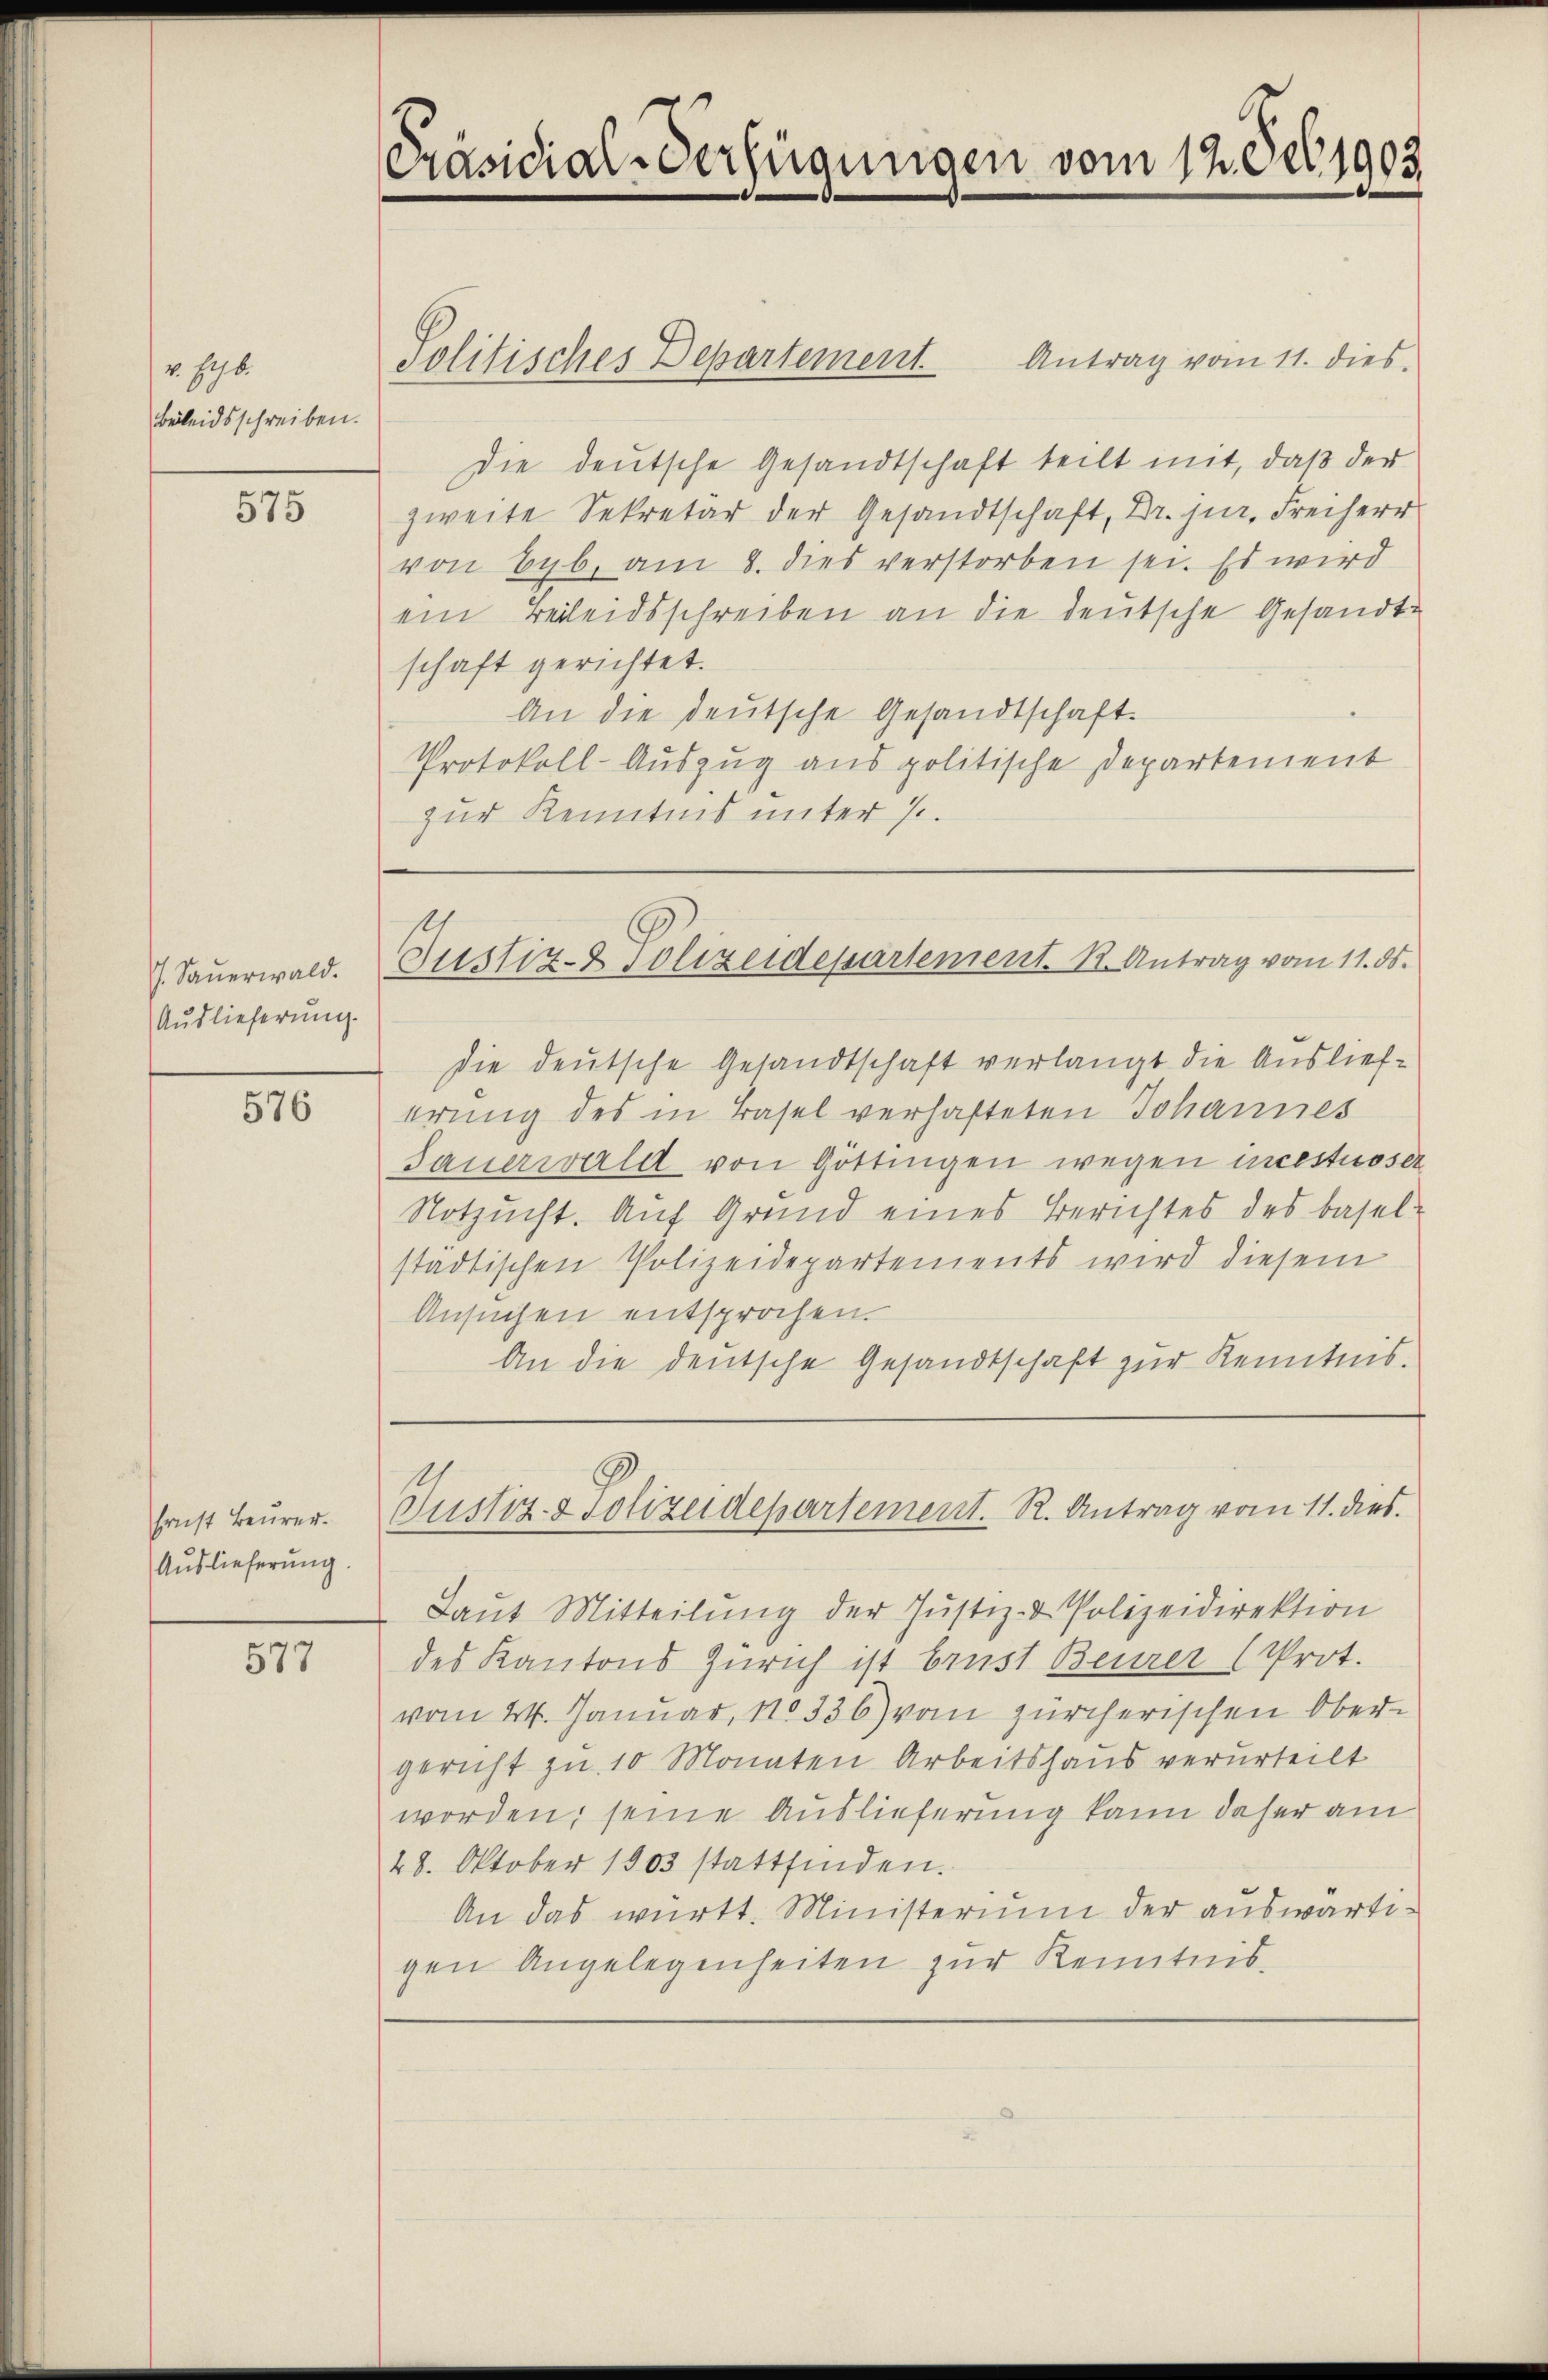
v Hyb.
Beileidsschreiben.

575

. Sauerwald.
Auslieferung.

576

Ernst Beurer.
Auslieferung.

577

Präsidial-Verfügungen vom 12. Der 1903.

Antrag vom 11. dies
Die deutsche Gesandtschaft teilt mit, daß der
zweite Sekretär der Gesandtschaft, Dr. jur. Freiherr
von Byb. am 8. dies verstorben sei. Es wird
ein Beileidsschreiben an die deutsche Gesandtschaft gerichtet.
An die deutsche Gesandtschaft.
Protokoll-Auszug aus politische Departement
zur Kenntnis unter 7.

Politisches Departement

Justiz- & Polizeidepartement. K. Antrag vom 11. ds.

die deutsche Gesandtschaft verlangt die Auslieferung des in Basel verhafteten Johannes
Sauerwald von Gottingen wegen incestuoser
Notzucht. Auf Grund eines Berichtes des Basel-
städtischen Polizeidepartements wird diesem
Ansuchen entsprochen.
An die deutsche Gesandtschaft zur Kenntnis.

Gustiz- & Polizeidepartement. R. Antrag vom 11. dies

Laŭt Mitteilŭng der Justiz- & Polizeidirektion
des Kantons Zürich ist brust Beurer (Prot.
vom 24. Januar 180336) vom zürcherischen Obergericht zu 10 Monaten Arbeitshaus verurteilt
worden; seine Auslieferung kann daher am
28. Oktober 1903 stattfinden.
An das württ. Ministerium der auswärtigen Angelegenheiten zur Kenntnis